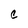
Character: C